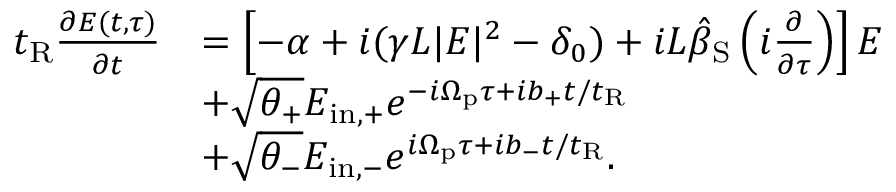
\begin{array} { r l } { t _ { \mathrm { R } } \frac { \partial E ( t , \tau ) } { \partial t } } & { = \left[ - \alpha + i ( \gamma L | E | ^ { 2 } - \delta _ { 0 } ) + i L \hat { \beta } _ { \mathrm { S } } \left( i \frac { \partial } { \partial \tau } \right) \right] E } \\ & { + \sqrt { \theta _ { + } } E _ { \mathrm { i n , + } } e ^ { - i \Omega _ { \mathrm { p } } \tau + i b _ { + } t / t _ { \mathrm { R } } } } \\ & { + \sqrt { \theta _ { - } } E _ { \mathrm { i n , - } } e ^ { i \Omega _ { \mathrm { p } } \tau + i b _ { - } t / t _ { \mathrm { R } } } . } \end{array}